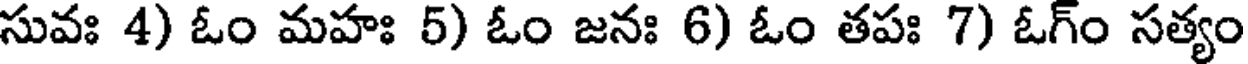
సువః 4) ఓం మహః 5) ఓం జనః 6) ఓం తపః 7) ఓగ్ం సత్యం